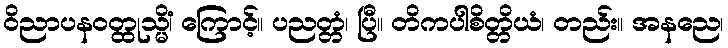
ဝိညာပနဝတ္ထုသ္မိံ၊ ကြောင့်။ ပညတ္တံ၊ ပြီ။ တိကပါစိတ္တိယံ၊ တည်း။ အနညေ၊